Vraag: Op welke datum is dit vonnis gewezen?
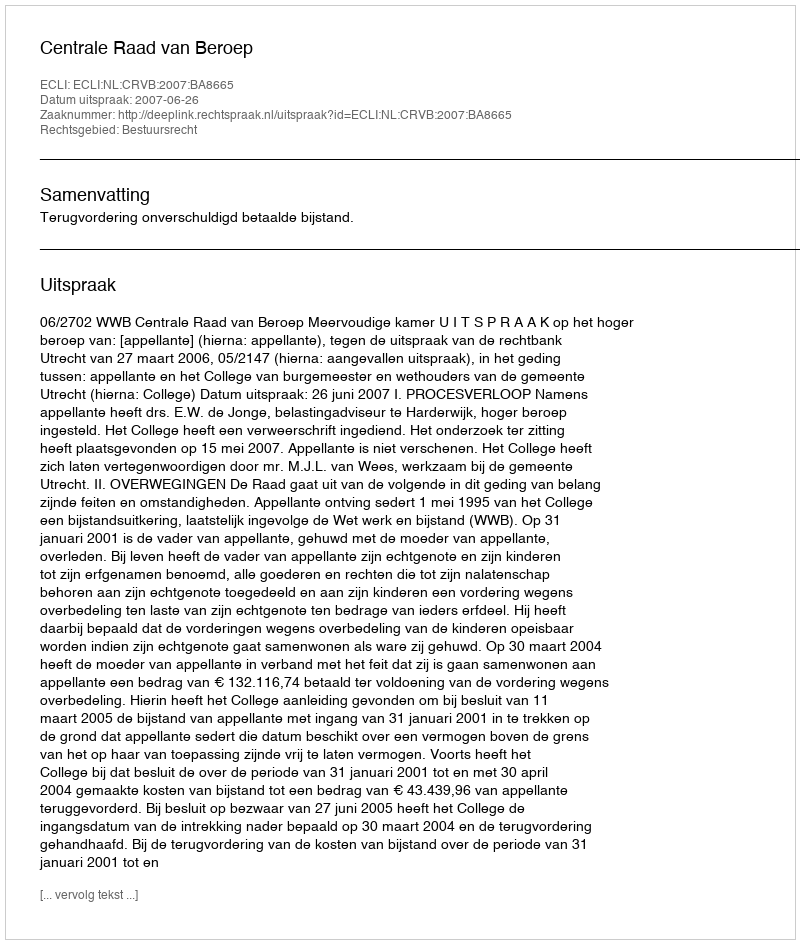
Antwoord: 2007-06-26